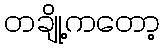
တချို့ကတော့